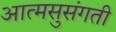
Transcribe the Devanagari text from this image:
आत्मसुसंगती